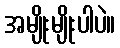
အမျိုးမျိုးပါပဲ။